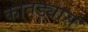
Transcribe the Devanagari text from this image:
कातड्यास